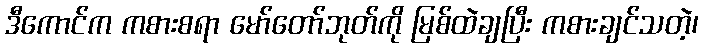
ဒီကောင်က ကစားစရာ မော်တော်ဘုတ်ကို မြစ်ထဲချပြီး ကစားချင်သတဲ့၊